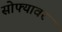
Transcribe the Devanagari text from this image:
सोफ्यावर